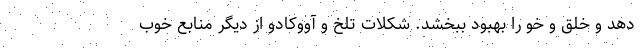
دهد و خلق و خو را بهبود ببخشد. شکلات تلخ و آووکادو از دیگر منابع خوب